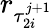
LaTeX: r_{\tau_{2i}^{j+1}}